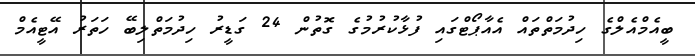
ބީއެމްއެލްގެ ހިދުމަތްތައް އެއާޕޯޓްގައި ފުޅާކުރުމުގެ ގޮތުން 24 ގަޑީރު ހިދުމަތްލިބޭ ހަތަރު އޭޓީއެމް